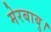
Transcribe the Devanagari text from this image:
मेरबाबु।